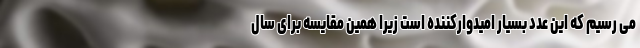
می رسیم که این عدد بسیار امیدوارکننده است زیرا همین مقایسه برای سال